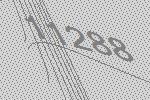
11288